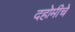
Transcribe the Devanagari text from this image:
दहोमीचे